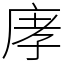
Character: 庨